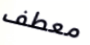
معطف